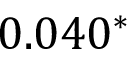
0 . 0 4 0 ^ { * }